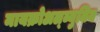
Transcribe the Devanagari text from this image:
मायक्रोअल्ब्युमिन